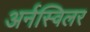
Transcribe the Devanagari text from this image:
अर्नस्विलर